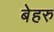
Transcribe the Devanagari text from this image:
बेहरु